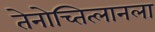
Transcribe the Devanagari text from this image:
तेनोच्तित्लानला